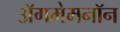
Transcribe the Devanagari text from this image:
अॅगमेमनॉन